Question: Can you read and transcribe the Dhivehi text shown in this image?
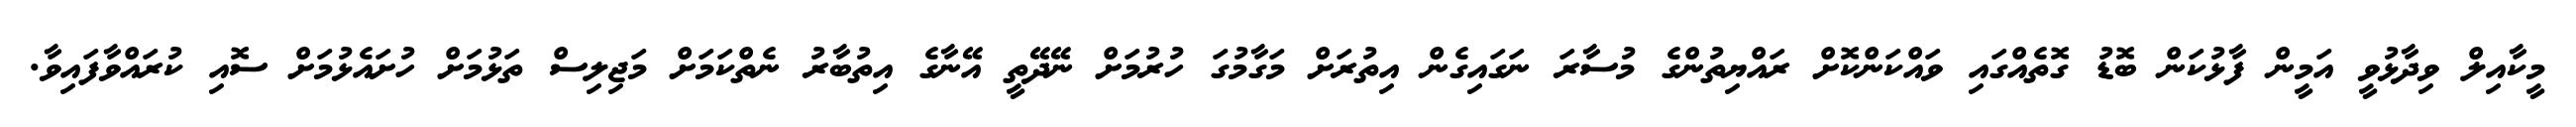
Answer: މީކާއިލް ވިދާޅުވީ އަމީން ފާޅުކަން ބޮޑު ގޮތެއްގައި ވައްކަންކޮށް ރައްޔިތުންގެ މުސާރަ ނަގައިގެން އިތުރަށް މަގާމުގަ ހުރުމަށް ނޭދޭތީ އޭނާގެ އިތުބާރު ނެތްކަމަށް މަޖިލިސް ތަޅުމަށް ހުށައެޅުމަށް ސޮއި ކުރައްވާފައިވާ.